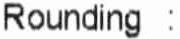
ROUNDING :